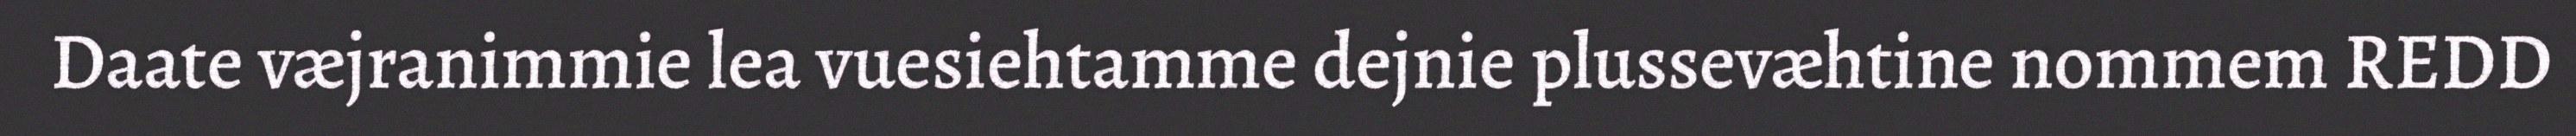
Daate væjranimmie lea vuesiehtamme dejnie plussevæhtine nommem REDD